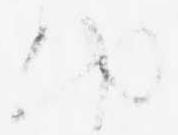
ゆ